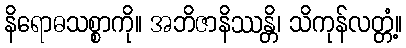
နိရောဓသစ္စာကို။ အဘိဇာနိဿန္တိ၊ သိကုန်လတ္တံ့။